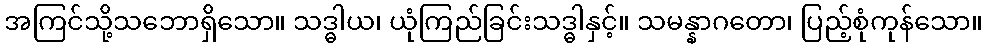
အကြင်သို့သဘောရှိသော။ သဒ္ဓါယ၊ ယုံကြည်ခြင်းသဒ္ဓါနှင့်။ သမန္နာဂတော၊ ပြည့်စုံကုန်သော။